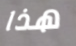
هذا